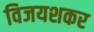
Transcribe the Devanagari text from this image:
विजयशकर